Vaccination in the Punjab 1905-1918 - 1905-1918
Year: 1905
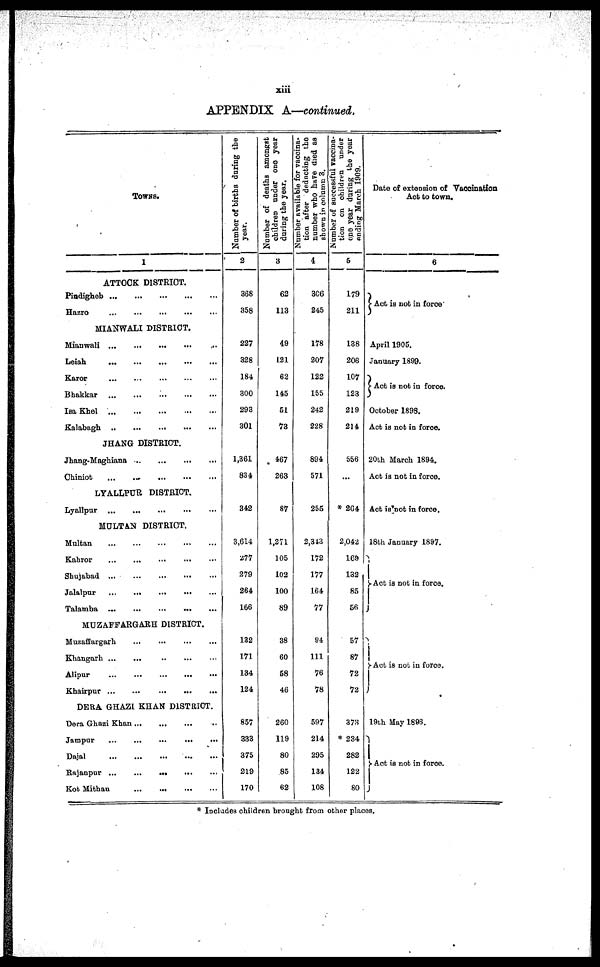
xiii
APPENDIX A—continued.
TOWNS.
1
ATTOCK DISTRICT.
Pindigheb... ... ... ... ...
Hazro
... ... ... ... ...
MIANWALI DISTRICT.
Mianwali
... ... ... ... ...
Leiah
... ... ... ... ...
Karor
... ... ... ... ...
Bhakkar
... ... ... ... ...
Isa Khel
... ... ... ... ...
Kalabagh
... ... ... ... ...
JHANG DISTRICT.
Jhang-Maghiana
...
...
...
...
Chiniot
...
...
... ... ...
LYALLPUR DISTRICT.
Lyallpur... ... ... ... ...
MULTAN DISTRICT.
Multan
... ... ... ... ...
Kahror
... ... ... ... ...
Shujabad
...
...
...
...
...
Jalalpur
... ... ... ... ...
Talamba
...
...
...
...
...
MUZAFFARGARH DISTRICT.
Muzaffargarh
... ... ... ...
Khangarh ... ... ... ... ...
Alipur
... ... ... ... ...
Khairpur ... ... ... ... ...
DERA GHAZI KHAN DISTRICT.
Dera Ghazi Khan ... ... ... ...
Jampur
... ... ... ... ...
Dajal
... ... ... ... ...
Rajanpur ...
...
...
... ...
Kot Mithan
...
...
... ...
Number of births during the
year.
2
368
358
227
328
184
300
293
301
1,361
834
342
3,614
277
279
264
166
132
171
134
124
857
333
375
219
170
Number of deaths amongst
children under one year
during the year.
3
62
113
49
121
62
145
51
73
467
263
87
1,271
105
102
100
89
38
60
58
46
260
119
80
85
62
Number available for vaccina-
tion after deducting the
number who have died as
shown in column 3.
4
306
245
178
207
122
155
242
228
894
571
255
2,343
172
177
164
77
94
111
76
78
597
214
295
134
108
Number of successful vaccina-
tion on children under
one year during the year .
finding March 1909.
5
179
211
138
206
107
123
219
214
556
...
* 264
2,042
169
132
85
56
57
87
72
72
373
* 234
282
122
80
Date of extension of Vaccination
Act to town.
6
Act is not in force
April 1905.
January 1899.
Act is not in force.
October 1898.
Act is not in force.
20th March 1894.
Act is not in force.
Act is not in force.
18th January 1897.
Act is not in force.
Act is not in force.
19th May 1896.
Act is not in force.
* Includes children brought from other places.